Annual report of the Punjab Veterinary College and of the Civil Veterinary Department, Punjab - 1909-1919
Year: 1909
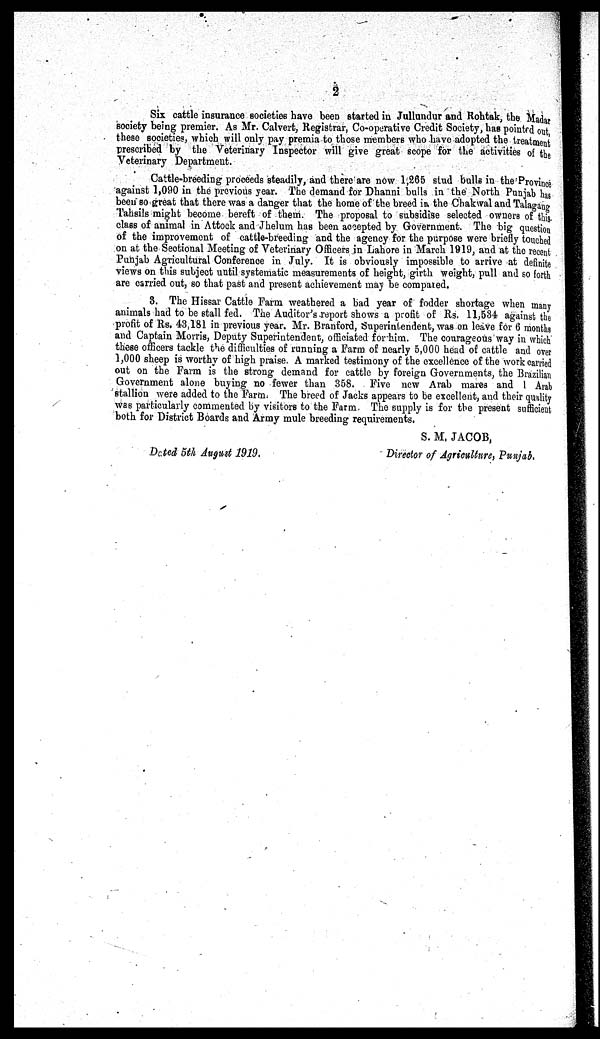
2
Six cattle insurance societies have been started in Jullundur and Rohtak, the Madar
society being premier. As Mr. Calvert, Registrar, Co-operative Credit Society, has pointed out
these societies, which will only pay premia to those members who have adopted the treatment
prescribed by the Veterinary Inspector will give great scope for the activities of the
Veterinary Department.
Cattle-breeding proceeds steadily, and there are now 1,265 stud bulls in the Province
against 1,090 in the previous year. The demand for Dhanni bulls in the North Punjab has
been so great that there was a danger that the home of the breed in the Chakwal and Talagang
Tahsils might become bereft of them. The proposal to subsidise selected owners of this.
class of animal in Attock and Jhelum has been accepted by Government. The big question
of the improvement of cattle-breeding and the agency for the purpose were briefly touched
on at the Sectional Meeting of Veterinary Officers in Lahore in March 1919, and at the recent
Punjab Agricultural Conference in July. It is obviously impossible to arrive at definite
views on this subject until systematic measurements of height, girth weight, pull and so forth
are carried out, so that past and present achievement may be compared.
3. The Hissar Cattle Farm weathered a bad year of fodder shortage when many
animals had to be stall fed. The Auditor's report shows a profit of Rs. 11,534 against the
profit of Rs. 43,181 in previous year. Mr. Branford, Superintendent, was on leave for 6 months
and Captain Morris, Deputy Superintendent, officiated for him. The courageous way in which
these officers tackle the difficulties of running a Farm of nearly 5,000 head of cattle and over
1,000 sheep is worthy of high praise. A marked testimony of the excellence of the work carried
out on the Farm is the strong demand for cattle by foreign Governments, the Brazilian
Government alone buying no fewer than 358. Five new Arab mares and 1 Arab
stallion were added to the Farm. The breed of Jacks appears to be excellent, and their quality
was particularly commented by visitors to the Farm. The supply is for the present sufficient
both for District Boards and Army mule breeding requirements.
S. M. JACOB,
Dated 5th August 1919.
Director of Agriculture, Punjab.